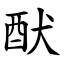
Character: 䣭